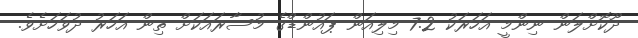
ދޫކޮށްލަން ނިންމީ އަހަރަކު 7.2 މިލިއަން ޕައުންޑްގެ މުސާރައަކަށް ތިން އަހަރު ދުވަހަށެވެ.